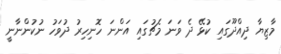
މާޒިޔާ ދިއްދޫގައި ކުޅޭ ދެ ވަނަ މެޗުގައި އަންނަ ހޮނިހިރު ދުވަހު ނުކުންނާނީ